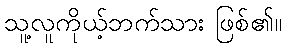
သူ့လူကိုယ့်ဘက်သား ဖြစ်၏။